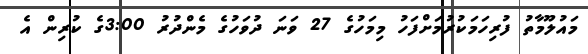
މައުލޫމާތު ފުރިހަމަކުރުމަށްފަހު މިމަހުގެ 27 ވަނަ ދުވަހުގެ މެންދުރު 3:00ގެ ކުރިން އެ